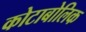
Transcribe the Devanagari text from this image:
कोटाबोलिक